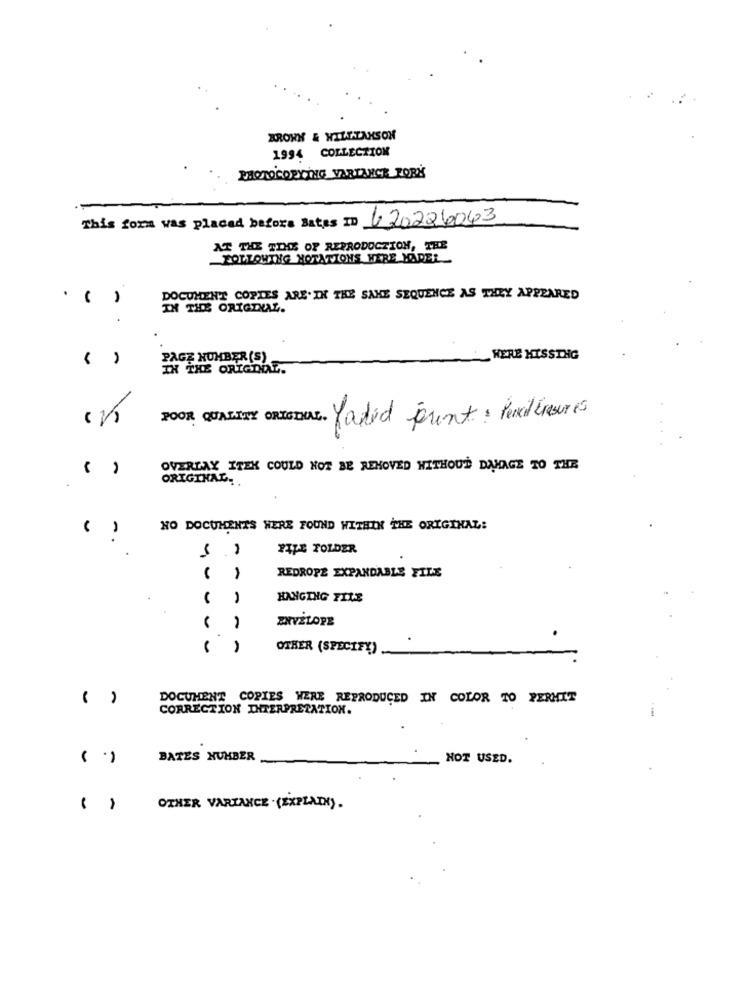
BROWN & WILLTAKSON
1994 COLLECTION
PHOTOCOPYING VARIANCE PORK
This form was placed before Bates ID 620226043
AT THE TIME OF REPRODUCTION, THE
FOLLOWING NOTATIONS WERE MADEL
DOCUMENT COPIES ARE. IN THE SAKE SEQUENCE AS THEY APPEARED
IN THE ORIGINAL.
PAGE NUMBER (S)
WERE HISSING
IN THE ORIGINAL.
200% QUALITY ORIGINAL. Yadid jouent : Pencil Eresures
OVERLAY ITEK COULD NOT BE REMOVED WITHOUT DAMAGE TO THE
ORIGINAL ..
NO DOCUMENTS WERE FOUND WITHIN THE ORIGINAL:
()
,
FILE FOLDER
REDROPE EXPANDABLE FILE
HANGING FILE
ENVELOPE
-. ..
OTHER (SPECIFY)
( )
DOCUMENT COPIES WERE REPRODUCED IN COLOR TO PERMIT
CORRECTION INTERPRETATION.
( .)
BATES NUMBER
NOT USED.
OTHER VARIANCE . (EXPLAIN).